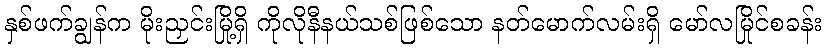
နှစ်ဖက်ချွန်က မိုးညှင်းမြို့ရှိ ကိုလိုနီနယ်သစ်ဖြစ်သော နတ်မောက်လမ်းရှိ မော်လမြိုင်စခန်း